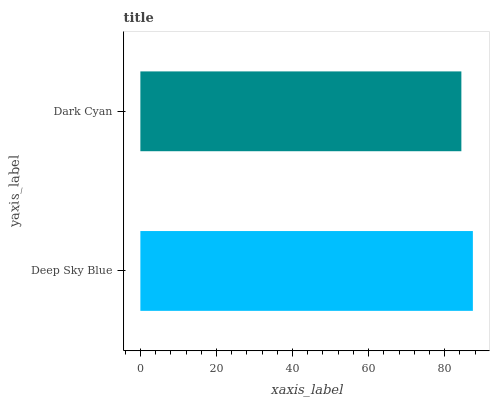
| yaxis_label | bars |
 | --- | --- |
 | Deep Sky Blue | 87.4 |
 | Dark Cyan | 84.4 |